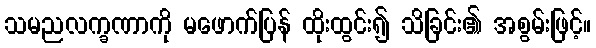
သမညလက္ခဏာကို မဖောက်ပြန် ထိုးထွင်း၍ သိခြင်း၏ အစွမ်းဖြင့်။